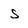
Character: S